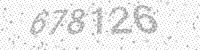
Solution: 678126